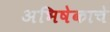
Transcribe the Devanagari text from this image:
अभिषेकाचे